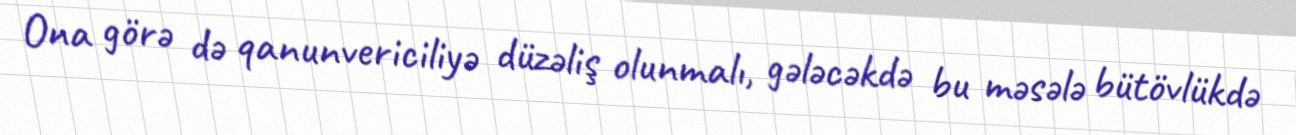
Ona görə də qanunvericiliyə düzəliş olunmalı, gələcəkdə bu məsələ bütövlükdə